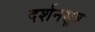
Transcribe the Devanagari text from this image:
दर्शनसूत्र